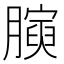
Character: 𭩋